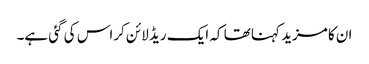
ان کا مزید کہنا تھا کہ ایک ریڈ لائن کراس کی گئی ہے۔